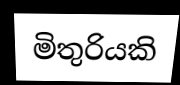
මිතුරියකි